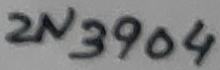
Text: 2N3904